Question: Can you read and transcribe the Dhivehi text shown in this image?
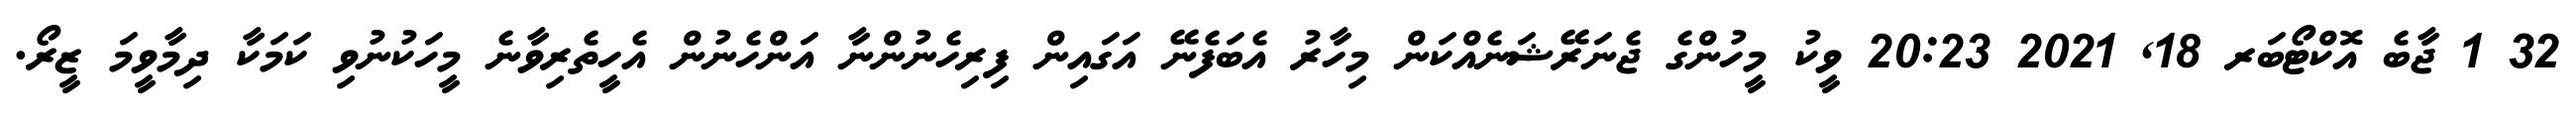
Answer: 32 1 ޖާބެ އޮކްޓޯބަރ 18, 2021 20:23 ވީކު މީހުންގެ ޖެނަރޭޝަނެއްކަން މިހާރު އެބަފެނޭ އަގައިން ފިރިހެނުންނާ އަންހެނުން އެހީތެރިވާނެ މީހަކުނުވި ކަމަކާ ދިމާވީމަ ޒީރޯ.